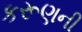
કરૂણની